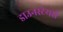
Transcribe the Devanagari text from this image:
डाउनस्टेयर्स